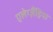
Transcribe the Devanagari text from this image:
एलेग्ज़ैंड्रिया